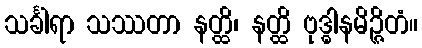
သင်္ခါရာ သဿတာ နတ္ထိ၊ နတ္ထိ ဗုဒ္ဓါနမိဉ္ဇိတံ။